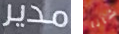
مدير شانا